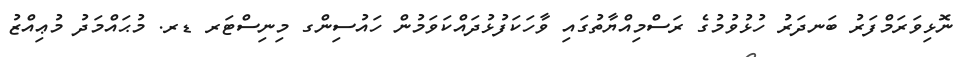
ނޮޅިވަރަމްފަރު ބަނދަރު ހުޅުވުމުގެ ރަސްމިއްޔާތުގައި ވާހަކަފުޅުދައްކަވަމުން ހައުސިންގ މިނިސްޓަރ ޑރ. މުޙައްމަދު މުޢިއްޒު